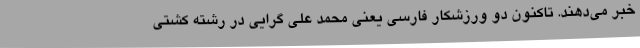
خبر می‌دهند. تاکنون دو ورزشکار فارسی یعنی محمد علی گرایی در رشته کشتی